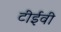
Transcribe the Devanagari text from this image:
टीईवी